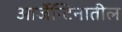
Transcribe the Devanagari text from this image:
आर्जेन्टिनातील